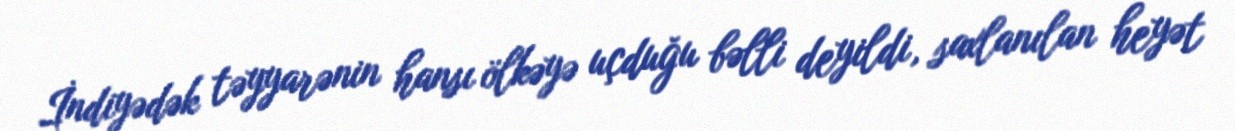
İndiyədək təyyarənin hansı ölkəyə uçduğu bəlli deyildi, saxlanılan heyət